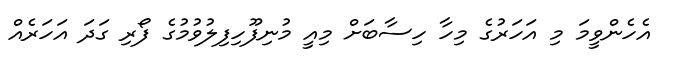
އެހެންވީމަ މި އަހަރުގެ މިހާ ހިސާބަށް މިއީ މުނިފޫހިފިލުވުމުގެ ފޯރި ގަދަ އަހަރެއް